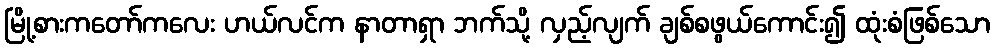
မြို့စားကတော်ကလေး ဟယ်လင်က နာတာရှာ ဘက်သို့ လှည့်လျက် ချစ်စဖွယ်ကောင်း၍ ထုံးစံဖြစ်သော